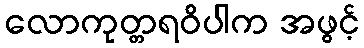
လောကုတ္တရဝိပါက အဖွင့်